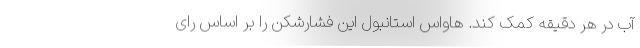
آب در هر دقیقه کمک کند. هاواس استانبول این فشارشکن را بر اساس رای